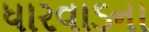
ધારવાડના